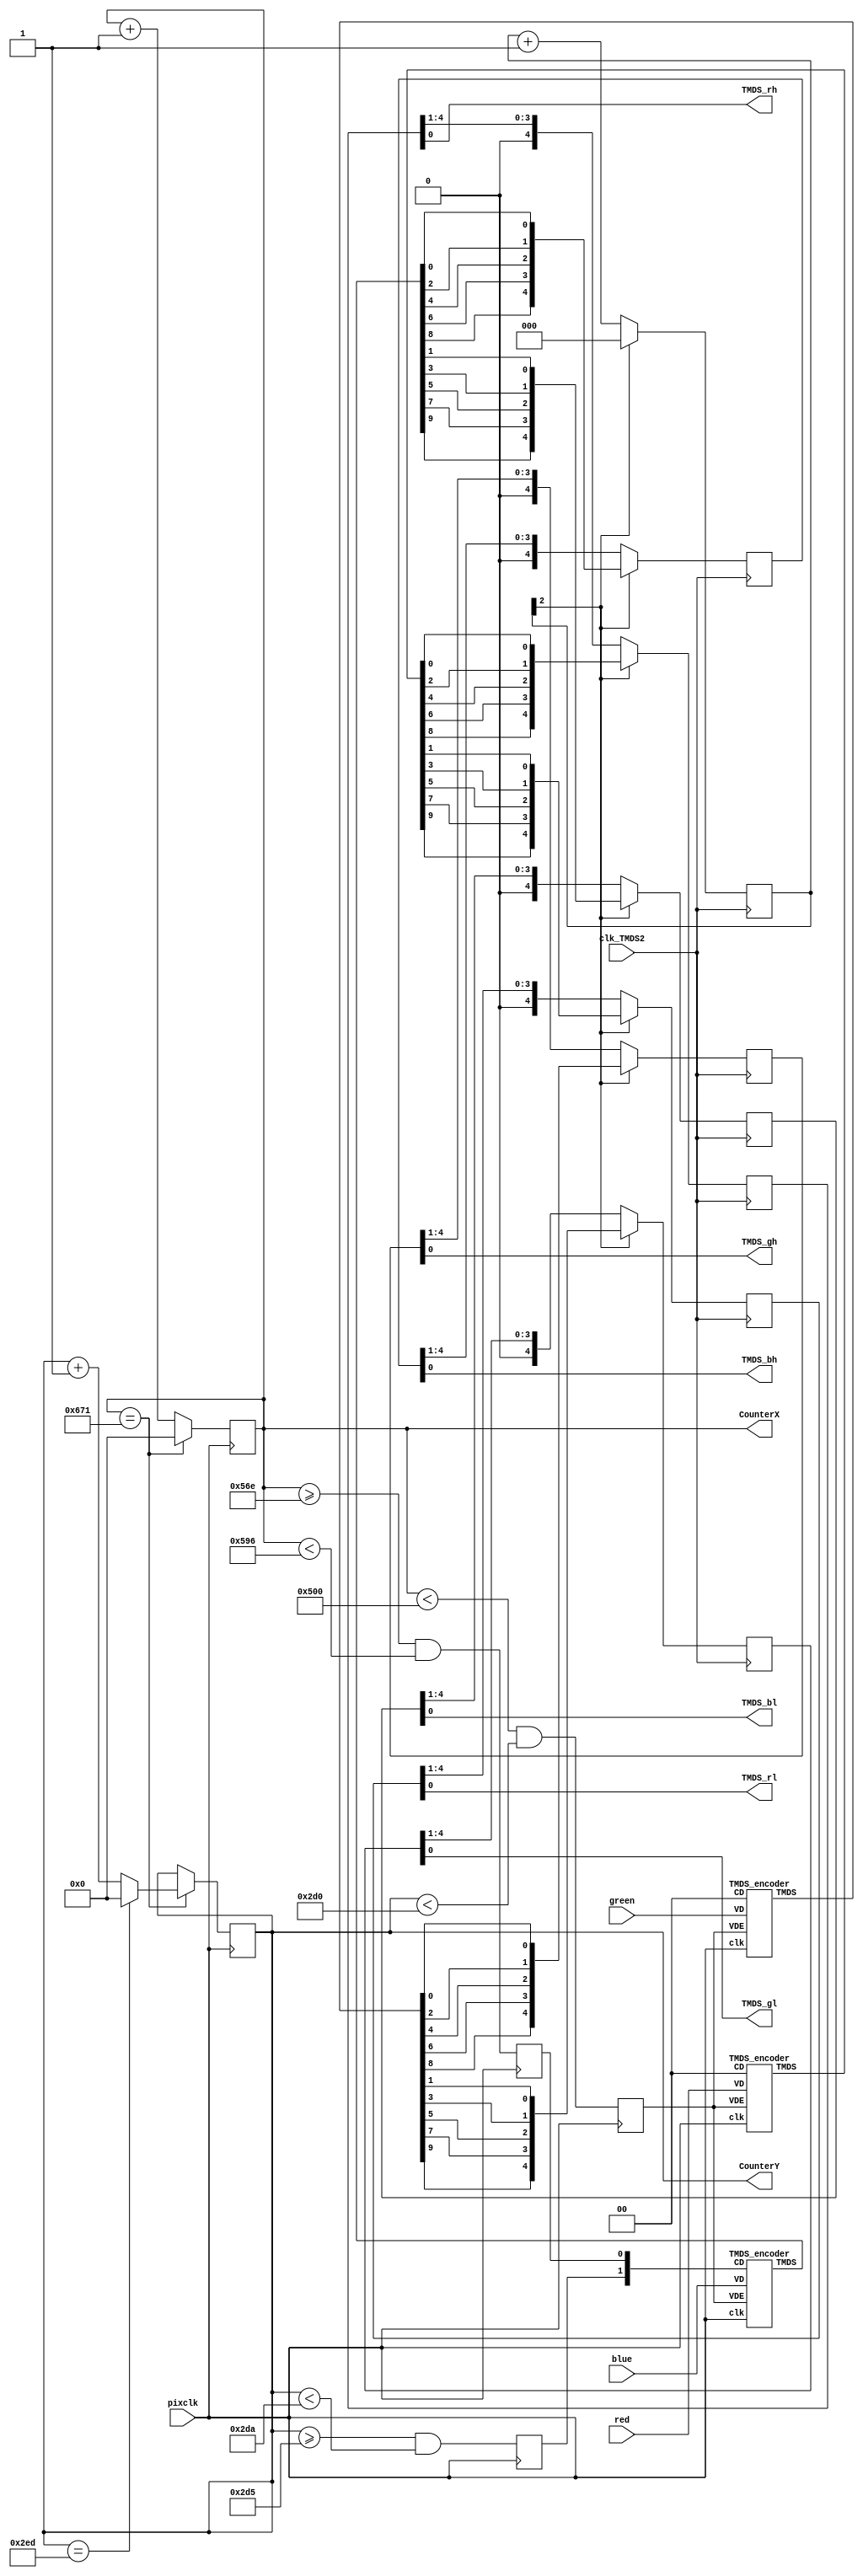

module HDMI_1280(
	input pixclk,  // 74MHz
	input clk_TMDS2,  // 370MHz
	input wire [7:0] red, green, blue,
	output TMDS_bh,TMDS_bl,TMDS_gh,TMDS_gl,TMDS_rh,TMDS_rl,
	output reg [10:0] CounterX, CounterY
);

reg hSync, vSync, DrawArea;
always @(posedge pixclk) DrawArea <= (CounterX<1280) && (CounterY<720);
always @(posedge pixclk) CounterX <= (CounterX==1649) ? 0 : CounterX+1;
always @(posedge pixclk) if(CounterX==1649) CounterY <= (CounterY==749) ? 0 : CounterY+1;
always @(posedge pixclk) hSync <= (CounterX>=1390) && (CounterX<1430);
always @(posedge pixclk) vSync <= (CounterY>=725) && (CounterY<730);

wire [9:0] TMDS_red, TMDS_green, TMDS_blue;
TMDS_encoder encode_R(.clk(pixclk), .VD(red  ), .CD(2'b00)        , .VDE(DrawArea), .TMDS(TMDS_red));
TMDS_encoder encode_G(.clk(pixclk), .VD(green), .CD(2'b00)        , .VDE(DrawArea), .TMDS(TMDS_green));
TMDS_encoder encode_B(.clk(pixclk), .VD(blue ), .CD({vSync,hSync}), .VDE(DrawArea), .TMDS(TMDS_blue));

reg [2:0] TMDS_mod5=0;  // modulus 5 counter
reg [4:0] TMDS_shift_bh=0, TMDS_shift_bl=0;
reg [4:0] TMDS_shift_gh=0, TMDS_shift_gl=0;
reg [4:0] TMDS_shift_rh=0, TMDS_shift_rl=0;

wire [4:0] TMDS_blue_l = {TMDS_blue[9],TMDS_blue[7],TMDS_blue[5],TMDS_blue[3],TMDS_blue[1]};
wire [4:0] TMDS_blue_h= {TMDS_blue[8],TMDS_blue[6],TMDS_blue[4],TMDS_blue[2],TMDS_blue[0]};
wire [4:0] TMDS_green_l = {TMDS_green[9],TMDS_green[7],TMDS_green[5],TMDS_green[3],TMDS_green[1]};
wire [4:0] TMDS_green_h= {TMDS_green[8],TMDS_green[6],TMDS_green[4],TMDS_green[2],TMDS_green[0]};
wire [4:0] TMDS_red_l = {TMDS_red[9],TMDS_red[7],TMDS_red[5],TMDS_red[3],TMDS_red[1]};
wire [4:0] TMDS_red_h= {TMDS_red[8],TMDS_red[6],TMDS_red[4],TMDS_red[2],TMDS_red[0]};

always @(posedge clk_TMDS2)
begin
	TMDS_shift_bh  <= TMDS_mod5[2] ? TMDS_blue_h   : TMDS_shift_bh  [4:1];
	TMDS_shift_bl  <= TMDS_mod5[2] ? TMDS_blue_l   : TMDS_shift_bl  [4:1];
	TMDS_shift_gh  <= TMDS_mod5[2] ? TMDS_green_h   : TMDS_shift_gh  [4:1];
	TMDS_shift_gl  <= TMDS_mod5[2] ? TMDS_green_l   : TMDS_shift_gl  [4:1];
	TMDS_shift_rh  <= TMDS_mod5[2] ? TMDS_red_h   : TMDS_shift_rh  [4:1];
	TMDS_shift_rl  <= TMDS_mod5[2] ? TMDS_red_l   : TMDS_shift_rl  [4:1];
	TMDS_mod5 <= (TMDS_mod5[2]) ? 3'd0 : TMDS_mod5+3'd1;
end

assign TMDS_bh = TMDS_shift_bh[0];
assign TMDS_bl = TMDS_shift_bl[0];
assign TMDS_gh = TMDS_shift_gh[0];
assign TMDS_gl = TMDS_shift_gl[0];
assign TMDS_rh = TMDS_shift_rh[0];
assign TMDS_rl = TMDS_shift_rl[0];

endmodule

module TMDS_encoder(
	input clk,
	input [7:0] VD,  // video data (red, green or blue)
	input [1:0] CD,  // control data
	input VDE,  // video data enable, to choose between CD (when VDE=0) and VD (when VDE=1)
	output reg [9:0] TMDS = 0
);

wire [3:0] Nb1s = VD[0] + VD[1] + VD[2] + VD[3] + VD[4] + VD[5] + VD[6] + VD[7];
wire XNOR = (Nb1s>4'd4) || (Nb1s==4'd4 && VD[0]==1'b0);
wire [8:0] q_m = {~XNOR, q_m[6:0] ^ VD[7:1] ^ {7{XNOR}}, VD[0]};

reg [3:0] balance_acc = 0;
wire [3:0] balance = q_m[0] + q_m[1] + q_m[2] + q_m[3] + q_m[4] + q_m[5] + q_m[6] + q_m[7] - 4'd4;
wire balance_sign_eq = (balance[3] == balance_acc[3]);
wire invert_q_m = (balance==0 || balance_acc==0) ? ~q_m[8] : balance_sign_eq;
wire [3:0] balance_acc_inc = balance - ({q_m[8] ^ ~balance_sign_eq} & ~(balance==0 || balance_acc==0));
wire [3:0] balance_acc_new = invert_q_m ? balance_acc-balance_acc_inc : balance_acc+balance_acc_inc;
wire [9:0] TMDS_data = {invert_q_m, q_m[8], q_m[7:0] ^ {8{invert_q_m}}};
wire [9:0] TMDS_code = CD[1] ? (CD[0] ? 10'b1010101011 : 10'b0101010100) : (CD[0] ? 10'b0010101011 : 10'b1101010100);

always @(posedge clk) TMDS <= VDE ? TMDS_data : TMDS_code;
always @(posedge clk) balance_acc <= VDE ? balance_acc_new : 4'h0;
endmodule